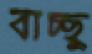
বাচ্ছু